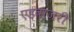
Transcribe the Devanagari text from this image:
एडवाजरी